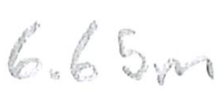
Text: 6.65m
Cross-out: clean
Writing tool: pencil